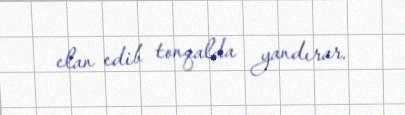
elan edib tonqalda yandırar.